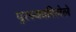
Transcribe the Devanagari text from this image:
पुरस्कारिलेले